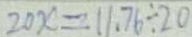
2 0 x = 1 1 . 7 6 \div 2 0